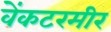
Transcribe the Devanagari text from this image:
वेंकटरमीर